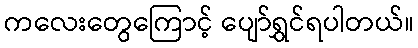
ကလေးတွေကြောင့် ပျော်ရွှင်ရပါတယ်။